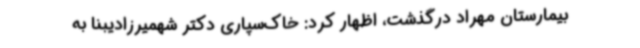
بیمارستان مهراد درگذشت، اظهار کرد: خاک‌سپاری دکتر شهمیرزادیبنا به